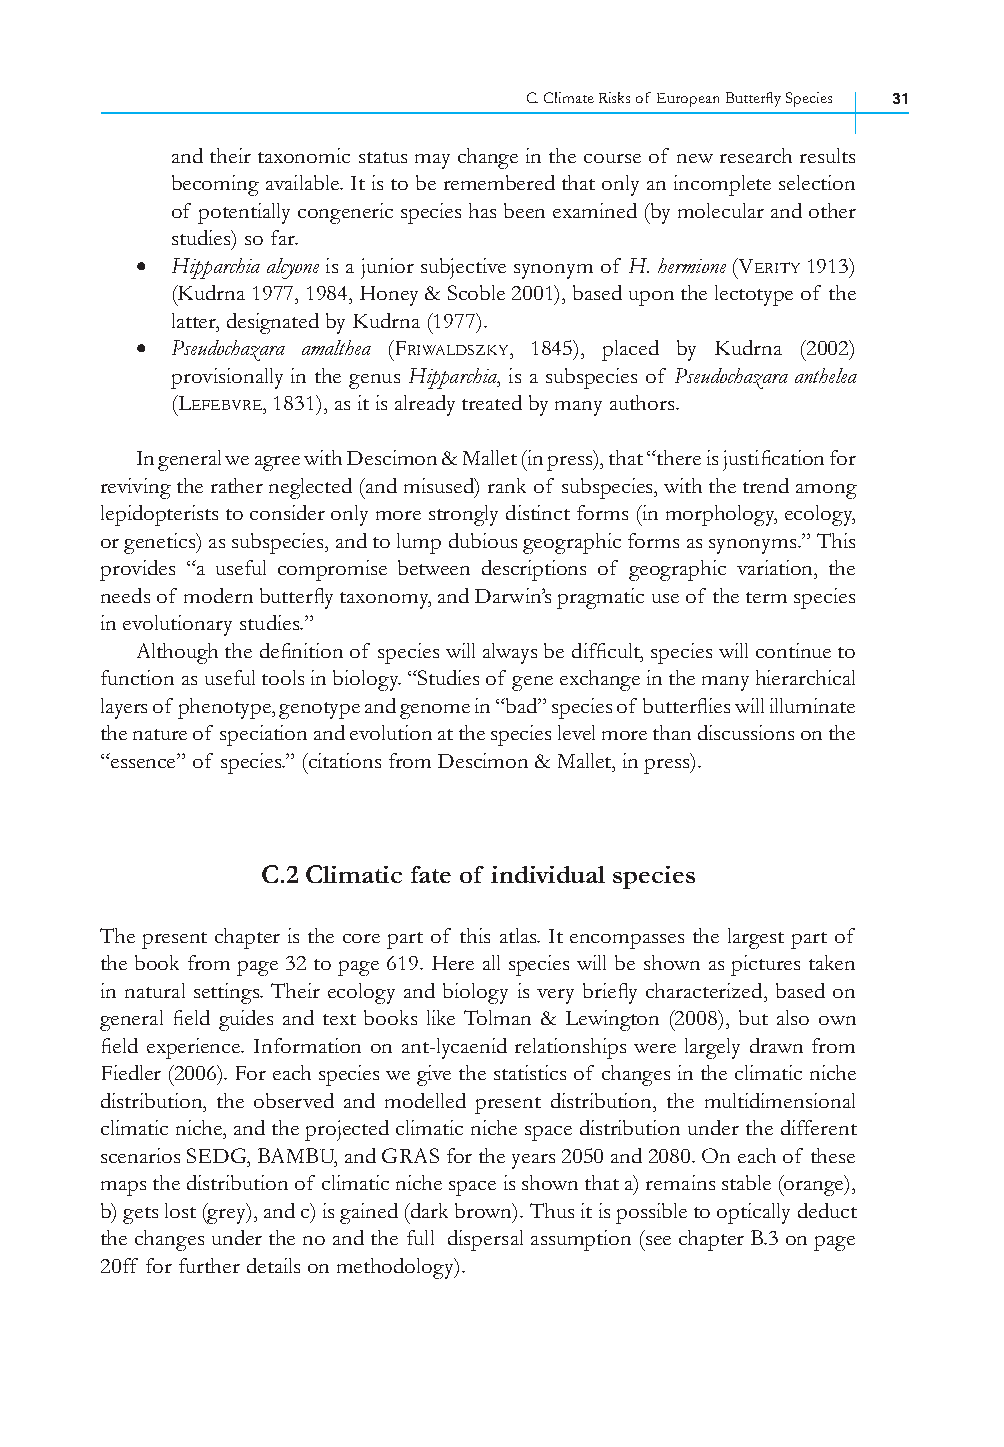
C. Climate Risks of European Butterfl y Species 31
 and their taxonomic status may change in the course of new research results
 becoming available. It is to be remembered that only an incomplete selection
 of potentially congeneric species has been examined (by molecular and other
 studies) so far.
 • Hipparchia alcyone is a junior subjective synonym of H. hermione (VERITY 1913)
 (Kudrna 1977, 1984, Honey & Scoble 2001), based upon the lectotype of the
 latter, designated by Kudrna (1977).
 • Pseudochazara amalthea (FRIWALDSZKY, 1845), placed by Kudrna (2002)
 provisionally in the genus Hipparchia, is a subspecies of Pseudochazara anthelea
 (LEFEBVRE, 1831), as it is already treated by many authors.
 In general we agree with Descimon & Mallet (in press), that “there is justifi cation for
 reviving the rather neglected (and misused) rank of subspecies, with the trend among
 lepidopterists to consider only more strongly distinct forms (in morphology, ecology,
 or genetics) as subspecies, and to lump dubious geographic forms as synonyms.” This
 provides “a useful compromise between descriptions of geographic variation, the
 needs of modern butterfl y taxonomy, and Darwin’s pragmatic use of the term species
 in evolutionary studies.”
 Although the defi nition of species will always be diffi cult, species will continue to
 function as useful tools in biology. “Studies of gene exchange in the many hierarchical
 layers of phenotype, genotype and genome in “bad” species of butterfl ies will illuminate
 the nature of speciation and evolution at the species level more than discussions on the
 “essence” of species.” (citations from Descimon & Mallet, in press).
 C.2 Climatic fate of individual species
 The present chapter is the core part of this atlas. It encompasses the largest part of
 the book from page 32 to page 619. Here all species will be shown as pictures taken
 in natural settings. Their ecology and biology is very briefl y characterized, based on
 general fi eld guides and text books like Tolman & Lewington (2008), but also own
 fi eld experience. Information on ant-lycaenid relationships were largely drawn from
 Fiedler (2006). For each species we give the statistics of changes in the climatic niche
 distribution, the observed and modelled present distribution, the multidimensional
 climatic niche, and the projected climatic niche space distribution under the different
 scenarios SEDG, BAMBU, and GRAS for the years 2050 and 2080. On each of these
 maps the distribution of climatic niche space is shown that a) remains stable (orange),
 b) gets lost (grey), and c) is gained (dark brown). Thus it is possible to optically deduct
 the changes under the no and the full dispersal assumption (see chapter B.3 on page
 20ff for further details on methodology).